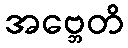
အဗ္ဘေတိ